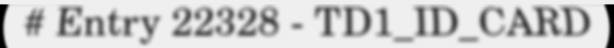
# Entry 22328 - TD1_ID_CARD